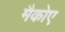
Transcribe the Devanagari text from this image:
मैकोए